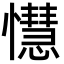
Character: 懳